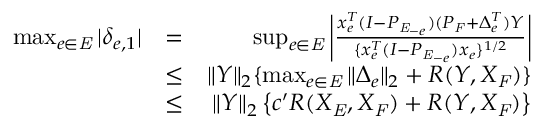
\begin{array} { r l r } { \operatorname* { m a x } _ { e \in \mathit { E } } | \delta _ { e , 1 } | } & { = } & { \operatorname* { s u p } _ { e \in \mathit { E } } \left| \frac { x _ { e } ^ { T } ( I - P _ { \mathit { E } _ { - e } } ) ( P _ { \mathit { F } } + \Delta _ { e } ^ { T } ) Y } { \{ x _ { e } ^ { T } ( I - P _ { \mathit { E } _ { - e } } ) x _ { e } \} ^ { 1 / 2 } } \right| } \\ & { \leq } & { \| Y \| _ { 2 } \{ \operatorname* { m a x } _ { e \in \mathit { E } } \| \Delta _ { e } \| _ { 2 } + R ( Y , X _ { \mathit { F } } ) \} } \\ & { \leq } & { \| Y \| _ { 2 } \left\{ c ^ { \prime } R ( X _ { \mathit { E } } , X _ { \mathit { F } } ) + R ( Y , X _ { \mathit { F } } ) \right\} } \end{array}